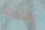
مكتبها